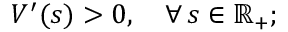
V ^ { \prime } ( s ) > 0 , \quad \forall \, s \in \mathbb { R } _ { + } ;